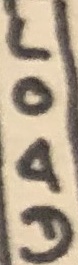
Text: LOAD